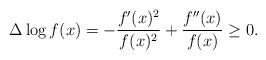
LaTeX: \begin{align*}\Delta \log f(x)=-\frac{f'(x)^2}{f(x)^2}+\frac{f''(x)}{f(x)}\ge 0.\end{align*}